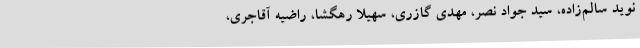
نوید سالم‌زاده، سید جواد نصر، مهدی گازری، سهیلا رهگشا، راضیه آقاجری،